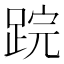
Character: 𨁚